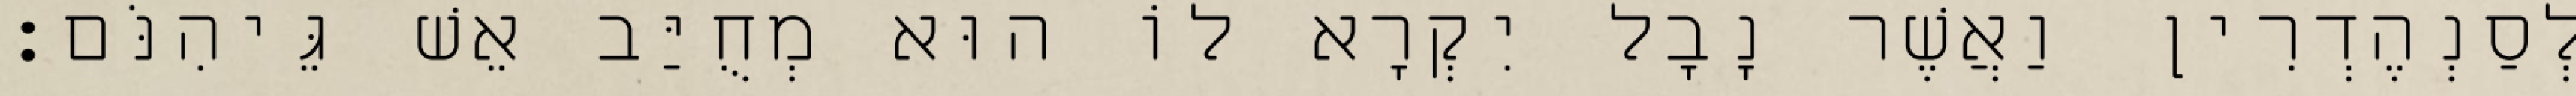
לְסַנְהֶדְרִין וַאֲשֶׁר נָבָל יִקְרָא לוֹ הוּא מְחֻיַּב אֵשׁ גֵּיהִנֹּם׃